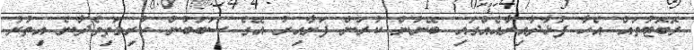
ރޮބޮޓުތައް އެހާ ފުޅާދާއިރާއެއްގައި ބޭނުން ކުރަން ފަށާއިރު އޭގެ ސަބަބުން ކުރިމަތިވެދާނެ އިތުރު